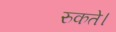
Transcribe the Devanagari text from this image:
रुकते।